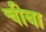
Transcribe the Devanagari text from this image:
चीबा